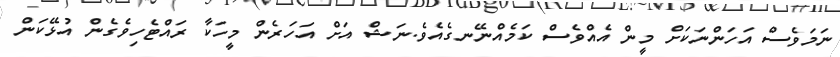
ނަމަވެސް އަހަންނަކަށް މީން އެއްވެސް ކަމެއްނޭނގެއެވެ.ނަޝް އަށް އަހަރެން މީހަކާ ރައްޓެހިވެގެން އުޅޭކަން